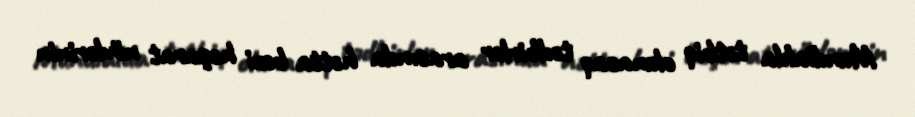
Mundialda tətbiq olunacaq tədbirlər arasında hətta bəzi həşarat növlərinin